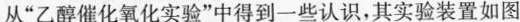
从”乙醇催化氧化实验”中得到一些认识，其实验装置如图